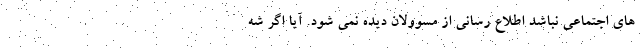
های اجتماعی نباشد اطلاع رسانی از مسوولان دیده نمی شود. آیا اگر شه